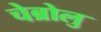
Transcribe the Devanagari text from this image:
चेब्रोलु